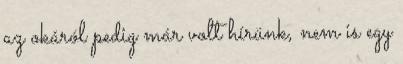
az okáról pedig már volt hírünk, nem is egy